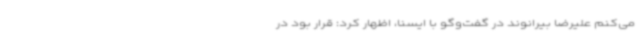
می‌کنم علیرضا بیرانوند در گفت‌وگو با ایسنا، اظهار کرد: قرار بود در